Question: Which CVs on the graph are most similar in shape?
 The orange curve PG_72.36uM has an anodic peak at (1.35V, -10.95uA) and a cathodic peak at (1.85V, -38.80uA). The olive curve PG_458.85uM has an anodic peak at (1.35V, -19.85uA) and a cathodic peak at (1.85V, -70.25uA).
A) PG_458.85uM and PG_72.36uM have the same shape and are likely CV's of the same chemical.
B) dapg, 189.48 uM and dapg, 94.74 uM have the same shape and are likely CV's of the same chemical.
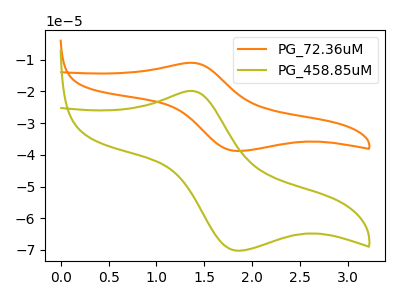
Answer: <think>All the peaks in "PG_72.36uM" have a peak in "PG_458.85uM" at the same potential.
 </think>
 <answer>A) "PG_458.85uM" and "PG_72.36uM" have the same shape and are likely CV's of the same chemical.</answer>
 <eval>A</eval>